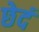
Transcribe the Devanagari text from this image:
छेदं